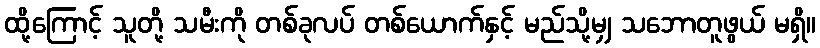
ထို့ကြောင့် သူတို့ သမီးကို တစ်ခုလပ် တစ်ယောက်နှင့် မည်သို့မျှ သဘောတူဖွယ် မရှိ။